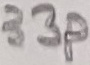
Text: 33p